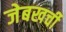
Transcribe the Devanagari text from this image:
जेबखर्ची